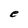
Character: e